Civil Veterinary Department. United Provinces 1912-22 - 1912-1922
Year: 1912
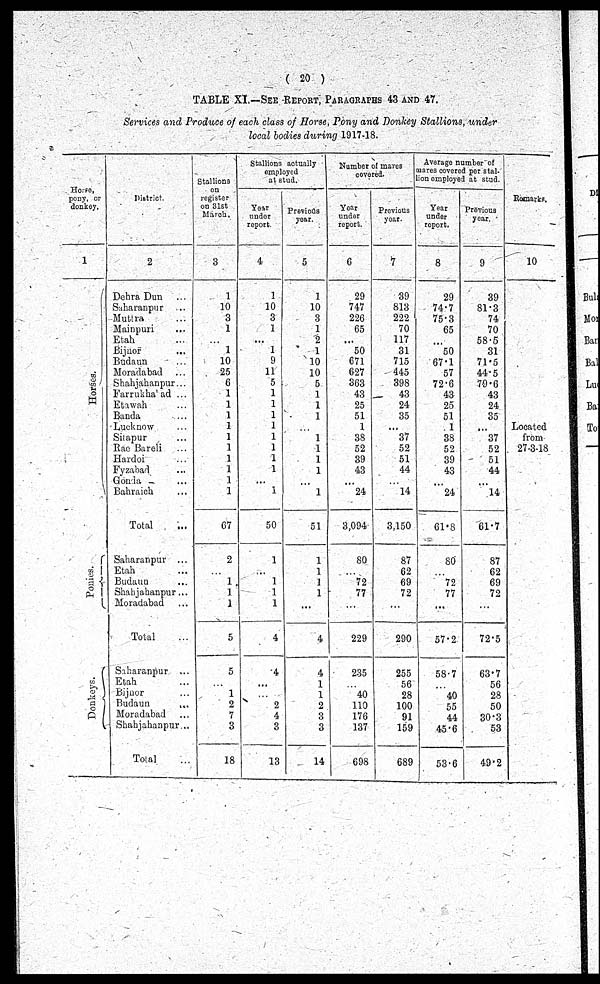
(20)
TABLE XI.—See Report, Paragraphs 43 and 47.
Services and Produce of each class of Horse, Pony and Donkey Stallions, under
local bodies during 1917-18.
Horse,
pony, or
donkey.
1
Hor s es .
Ponies.
Donkeys.
District.
2
Dehra Dun ...
Saharanpur ...
Muttra
...
Mainpuri ...
Etah ...
Bijnor
...
Budaun ...
Moradabad ...
Shahjahanpur...
Farrukhaad ...
Etawah ...
Banda ...
Lucknow ...
Sitapur ...
Rae Bareli ...
Hardoi ...
Fyzabad ...
Gonda ...
Bahraich ...
Total ...
Saharanpur ...
Etah ...
Budaun ...
Shahjahanpur...
Moradabad ...
Total ...
Saharanpur ...
Etah ...
Bijnor ...
Budaun ...
Moradabad ...
Shahjahanpur...
Total ...
Stallions
on
register
on 31st
March.
3
1
10
3
1
...
1
10
25
6
1
1
1
1
1
1
1
1
1
1
67
2
...
1
1
1
5
5
...
1
2
7
3
18
Stallions actually
employed
at stud.
Year
under
report.
4
1
10
3
1
...
1
9
11
5
1
1
1
1
1
1
1
1
...
1
50
1
...
1
1
1
4
4
...
...
2
4
3
13
Previous
year.
5
1
10
3
1
2
1
10
10
5
1
1
1
...
1
1
1
1
...
1
51
1
1
1
1
...
4
4
1
1
2
3
3
14
Number of mares
covered.
Year
under
report.
6
29
747
226
65
...
50
671
627
363
43
25
51
1
38
52
39
43
...
24
3,094
80
...
72
77
...
229
235
...
40
110
176
137
698
Previous
year.
7
39
813
222
70
117
31
715
445
398
43
24
35
...
37
52
51
44
...
14
3,150
87
62
69
72
...
290
255
56
28
100
91
159
689
Average number of
mares covered per stat-
ion employed at stud.
Year
under
report.
8
29
74.7
75.3
65
...
50
67.1
57
72.6
43
25
51
1
38
52
39
43
...
24
61.8
80
...
72
77
...
57.2
58.7
...
40
55
44
45.6
53.6
Previous
year.
9
39
81.3
74
70
58.5
31
71.5
44.5
79.6
43
24
35
...
37
52
51
44
...
14
61.7
87
62
69
72
...
72.5
63.7
56
28
50
30.3
53
49.2
Remarks.
10
Located
from
27-3-18